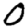
Digit: 0